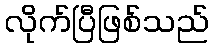
လိုက်ပြီဖြစ်သည်